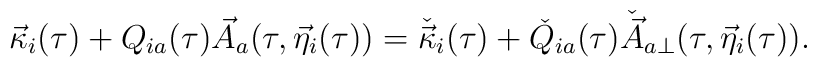
\vec{\kappa}_{i}(\tau )+Q_{ia}(\tau )\vec{A}_{a}(\tau,\vec{\eta}_{i}(\tau ))=\check{\vec{\kappa}}_{i}(\tau )+\check{Q}_{ia}(\tau )\check{\vec{A}}_{a\perp}(\tau,\vec{\eta}_{i}(\tau )).